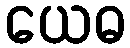
ယေဓ